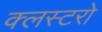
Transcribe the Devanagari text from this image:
क्लस्टरो